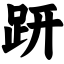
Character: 趼